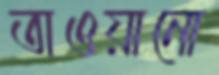
তাওয়ানো